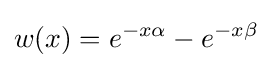
w(x)=e^{-x\alpha }-e^{-x\beta }